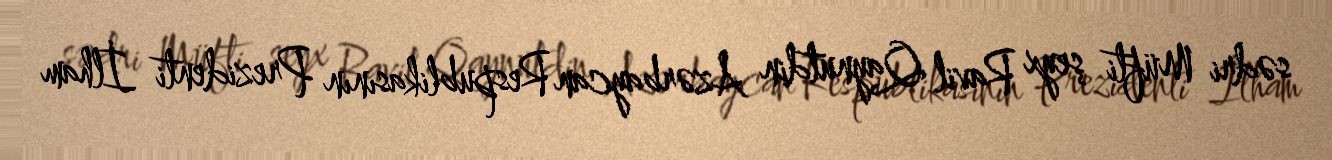
sədri Müfti şeyx Ravil Qaynutdin Azərbaycan Respublikasının Prezidenti İlham